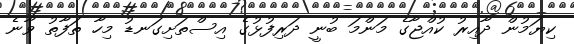
ކިޔަމުން ދާއިރު ކުއްޖާގެ މަންމަ ބުނީ ދަރިފުޅުގެ އިސްތަށިގަނޑު މިހާ ތަފާތު ވާނެ